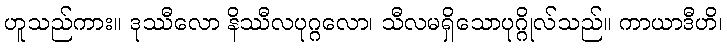
ဟူသည်ကား။ ဒုဿီလော နိဿီလပုဂ္ဂလော၊ သီလမရှိသောပုဂ္ဂိုလ်သည်။ ကာယာဒီဟိ၊